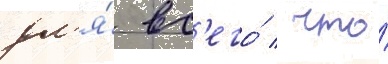
дл'я́ вс'его́ / что́